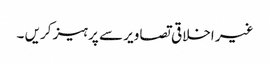
غیر اخلاقی تصاویر سے پرہیز کریں ۔